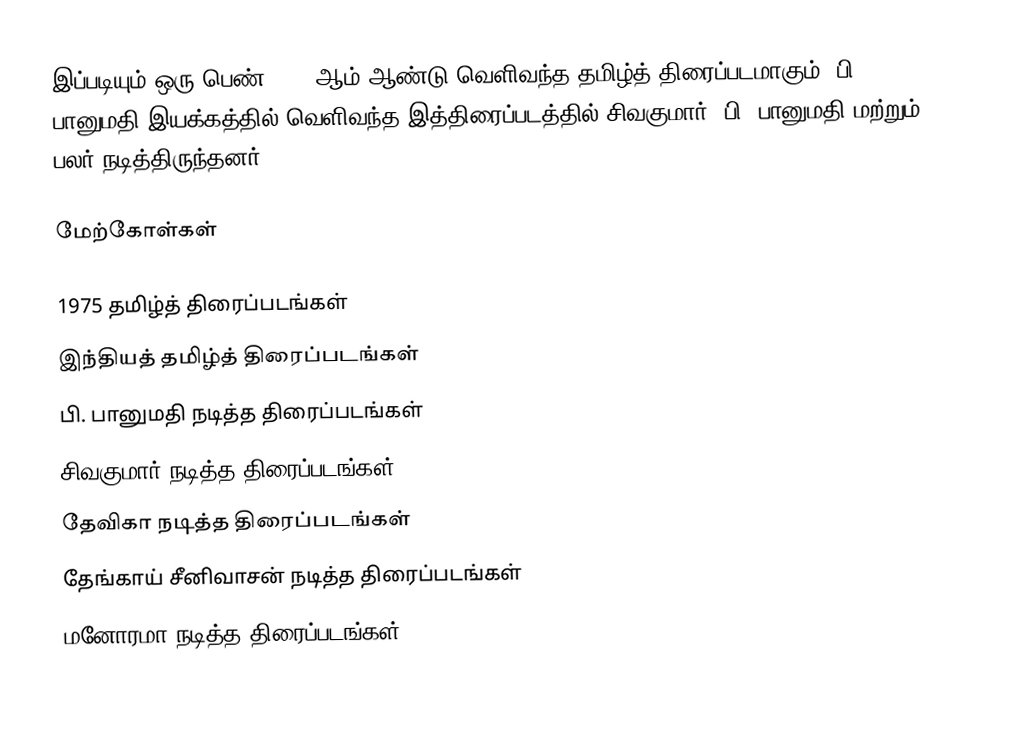
இப்படியும் ஒரு பெண் 1975 ஆம் ஆண்டு வெளிவந்த தமிழ்த் திரைப்படமாகும். பி. பானுமதி இயக்கத்தில் வெளிவந்த இத்திரைப்படத்தில் சிவகுமார், பி. பானுமதி மற்றும் பலர் நடித்திருந்தனர்.

மேற்கோள்கள்

1975 தமிழ்த் திரைப்படங்கள்
இந்தியத் தமிழ்த் திரைப்படங்கள்
பி. பானுமதி நடித்த திரைப்படங்கள்
சிவகுமார் நடித்த திரைப்படங்கள்
தேவிகா நடித்த திரைப்படங்கள்
தேங்காய் சீனிவாசன் நடித்த திரைப்படங்கள்
மனோரமா நடித்த திரைப்படங்கள்